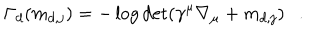
\Gamma _ { d } ( m _ { d , j } ) = - \log \det ( \gamma ^ { \mu } \nabla _ { \mu } + m _ { d , j } ) .